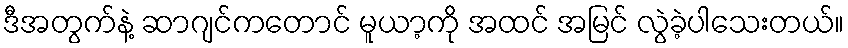
ဒီအတွက်နဲ့ ဆာဂျင်ကတောင် မူယာ့ကို အထင် အမြင် လွဲခဲ့ပါသေးတယ်။